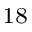
^ { 1 8 }